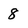
Character: 8